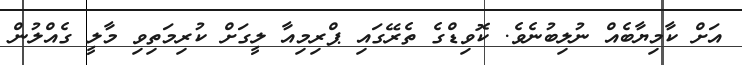
އަށް ކާމިޔާބެއް ނުލިބުނެވެ. ކޮވިޑްގެ ތެރޭގައި ޕްރިމިއާ ލީގަށް ކުރިމަތިވި މާލީ ގެއްލުން